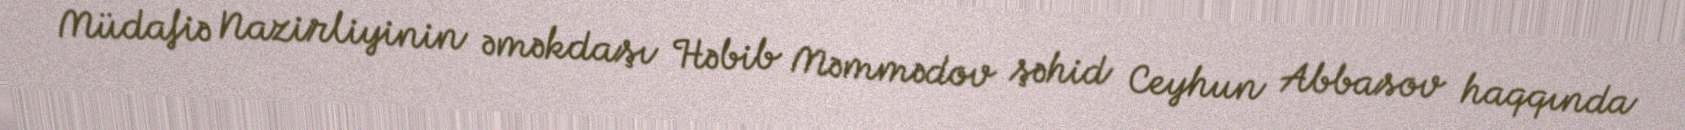
Müdafiə Nazirliyinin əməkdaşı Həbib Məmmədov şəhid Ceyhun Abbasov haqqında